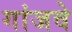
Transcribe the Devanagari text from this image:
गांजवे